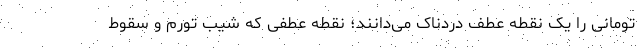
تومانی را یک نقطه عطف دردناک می‌دانند؛ نقطه عطفی که شیب تورم و سقوط